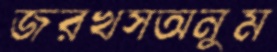
জরখসঅনুম